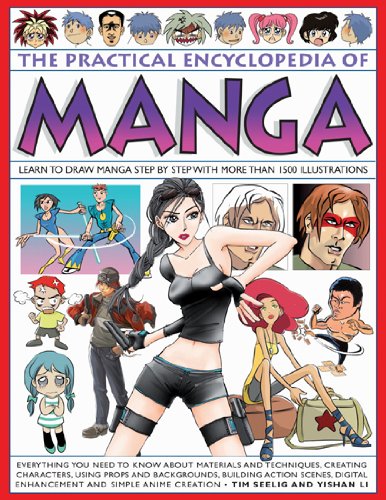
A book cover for The Practical Encyclopedia of Manga: Learn to Draw Manga Step by Step with More than 1500 Illustrations.; Tim Seelig; Comics & Graphic Novels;